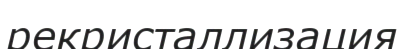
рекристаллизация